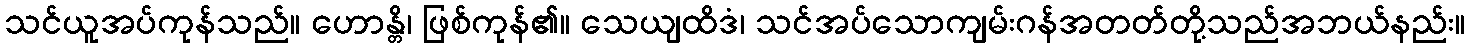
သင်ယူအပ်ကုန်သည်။ ဟောန္တိ၊ ဖြစ်ကုန်၏။ သေယျထိဒံ၊ သင်အပ်သောကျမ်းဂန်အတတ်တို့သည်အဘယ်နည်း။